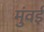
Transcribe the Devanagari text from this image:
मुंवई